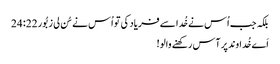
بلکہ جب اُس نے خُدا سے فریاد کی تو اُس نے سُن لی زبُور 22: 24
اَے خُداوند پر آس رکھنے والو!